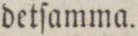
detſamma.